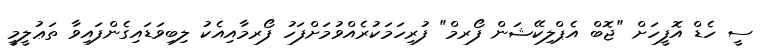
ސީ ހެޑް އޮފީހަށް "ޖޮބް އެޕްލިކޭޝަން ފޯރމް" ފުރިހަމަކުރެއްވުމަށްފަހު ފޯރމާއިއެކު ލިބިވަޑައިގެންފައިވާ ތަޢުލީމީ